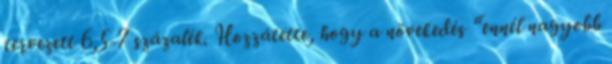
tervezett 6,5-7 százalék. Hozzátette, hogy a növekedés “ennél nagyobb